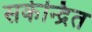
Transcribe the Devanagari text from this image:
सकेन्द्रित